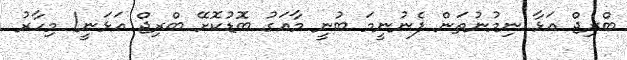
ބްރިޖް އަޅާ ނިމުނުތަން ފެނުނީމަ ބުނީ މާއަގު ބޮޑުކޮށޭ ބްރިޖް އަޅަނީ! މިހާރު